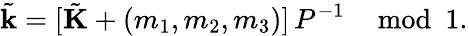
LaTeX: \tilde{\mathbf{k}}=[\tilde{\mathbf{K}}+(m_{1},m_{2},m_{3})]\, P^{-1}\mod 1.